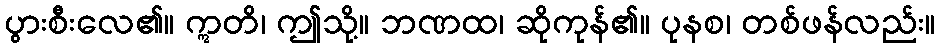
ပွားစီးလေ၏။ ဣတိ၊ ဤသို့။ ဘဏထ၊ ဆိုကုန်၏။ ပုနစ၊ တစ်ဖန်လည်း။